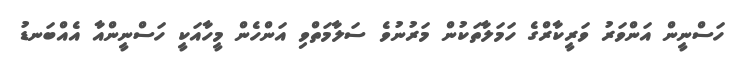
ހަސްނީން އަންވަރު ވަރީކާރްގެ ހަމަލާތަކުން މަރުނުވެ ސަލާމަތްވި އަންހެން މީހާއަކީ ހަސްނީންއާ އެއްބަނޑު